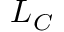
L _ { C }